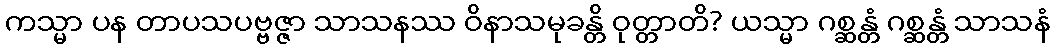
ကသ္မာ ပန တာပသပဗ္ဗဇ္ဇာ သာသနဿ ဝိနာသမုခန္တိ ဝုတ္တာတိ? ယသ္မာ ဂစ္ဆန္တံ ဂစ္ဆန္တံ သာသနံ